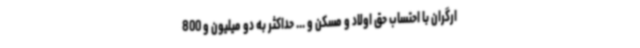
ارگران با احتساب حق اولاد و مسکن و ... حداکثر به دو میلیون‌ و 800